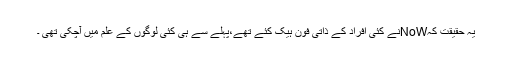
یہ حقیقت کہNoWنے کئی افراد کے ذاتی فون ہیک کئے تھے،پہلے سے ہی کئی لوگوں کے علم میں آچکی تھی ۔